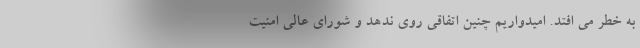
به خطر می افتد. امیدواریم چنین اتفاقی روی ندهد و شورای عالی امنیت